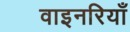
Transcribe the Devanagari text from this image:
वाइनरियाँ